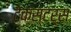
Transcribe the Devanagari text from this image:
टेक्स्टर्स